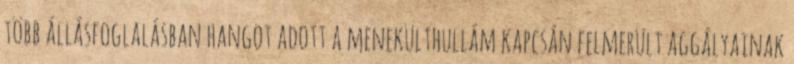
több állásfoglalásban hangot adott a menekülthullám kapcsán felmerült aggályainak